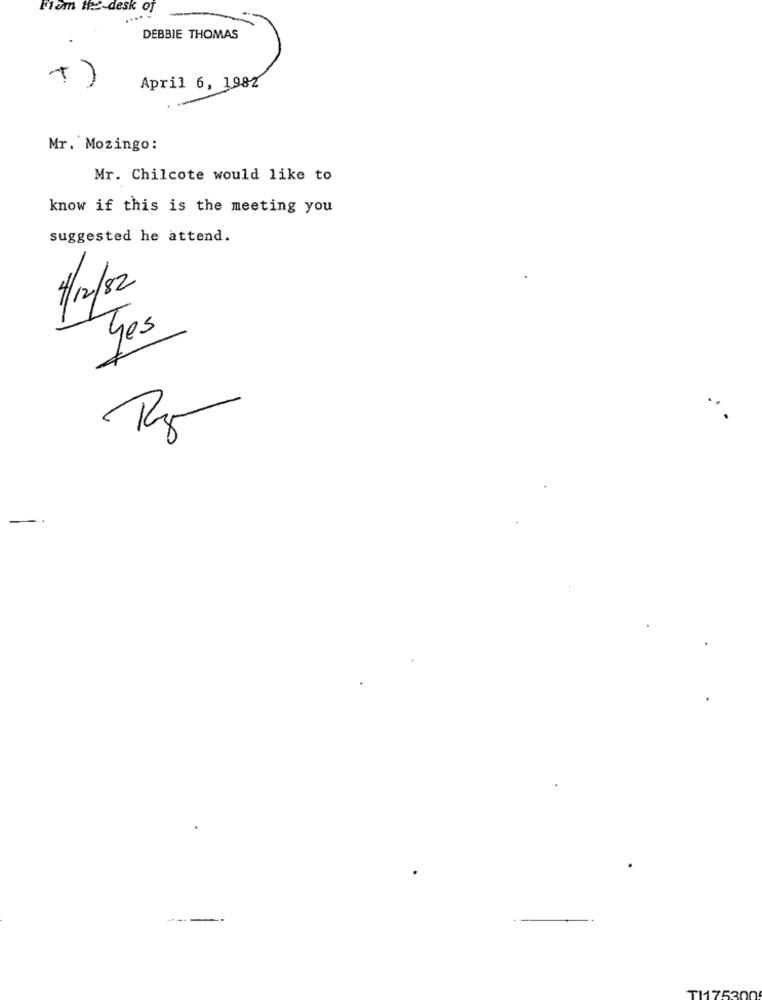
From if2-desk of
DEBBIE THOMAS
T)
April 6, 1982
Mr. Mozingo:
Mr. Chilcote would like to
know if this is the meeting you
suggested he attend.
1/2/2
Yes
-